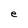
Character: e